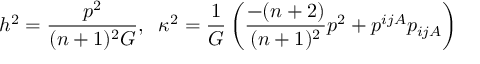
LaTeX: h ^ { 2 } = \frac { p ^ { 2 } } { ( n + 1 ) ^ { 2 } { \cal G } } , \; \; \kappa ^ { 2 } = \frac { 1 } { { \cal G } } \left( \frac { - ( n + 2 ) } { ( n + 1 ) ^ { 2 } } p ^ { 2 } + p ^ { i j A } p _ { i j A } \right)